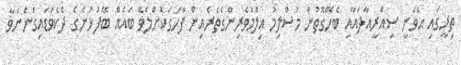
ތިރީގައި އެވަނީ ސިއްރީއާދައާއި ބެހޭގޮތުން މުސްލިމު ޢިލްމުވެރިންގެތެރެއިން ފާހަގަކޮށްލެވޭ ބައެއް ބޭފުޅުންގެ ދެކެވަޑައިގަންނަވާ